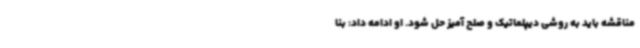
مناقشه باید به روشی دیپلماتیک و صلح آمیز حل شود. او ادامه داد: بنا